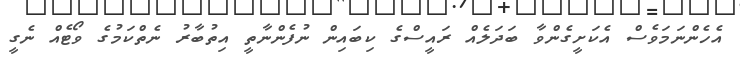
އެހެންނަމަވެސް އެކަށީގެންވާ ބަދަލެއް ރައީސްގެ ކިބައިން ނުފެންނާތީ އިތުބާރު ނެތްކަމުގެ ވޯޓެއް ނެގީ